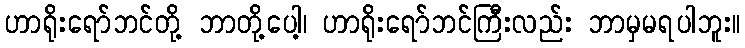
ဟာရိုးရော်ဘင်တို့ ဘာတို့ပေါ့၊ ဟာရိုးရော်ဘင်ကြီးလည်း ဘာမှမရပါဘူး။